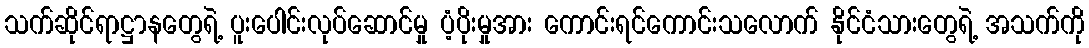
သက်ဆိုင်ရာဋ္ဌာနတွေရဲ့ ပူးပေါင်းလုပ်ဆောင်မှု ပံ့ပိုးမှုအား ကောင်းရင်ကောင်းသလောက် နိုင်ငံသားတွေရဲ့ အသက်ကို